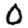
Digit: 0